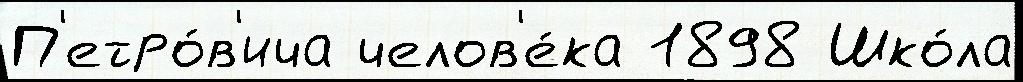
П'етро́в'ича челов'е́ка 1898 Шко́ла